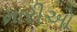
મારીઓ